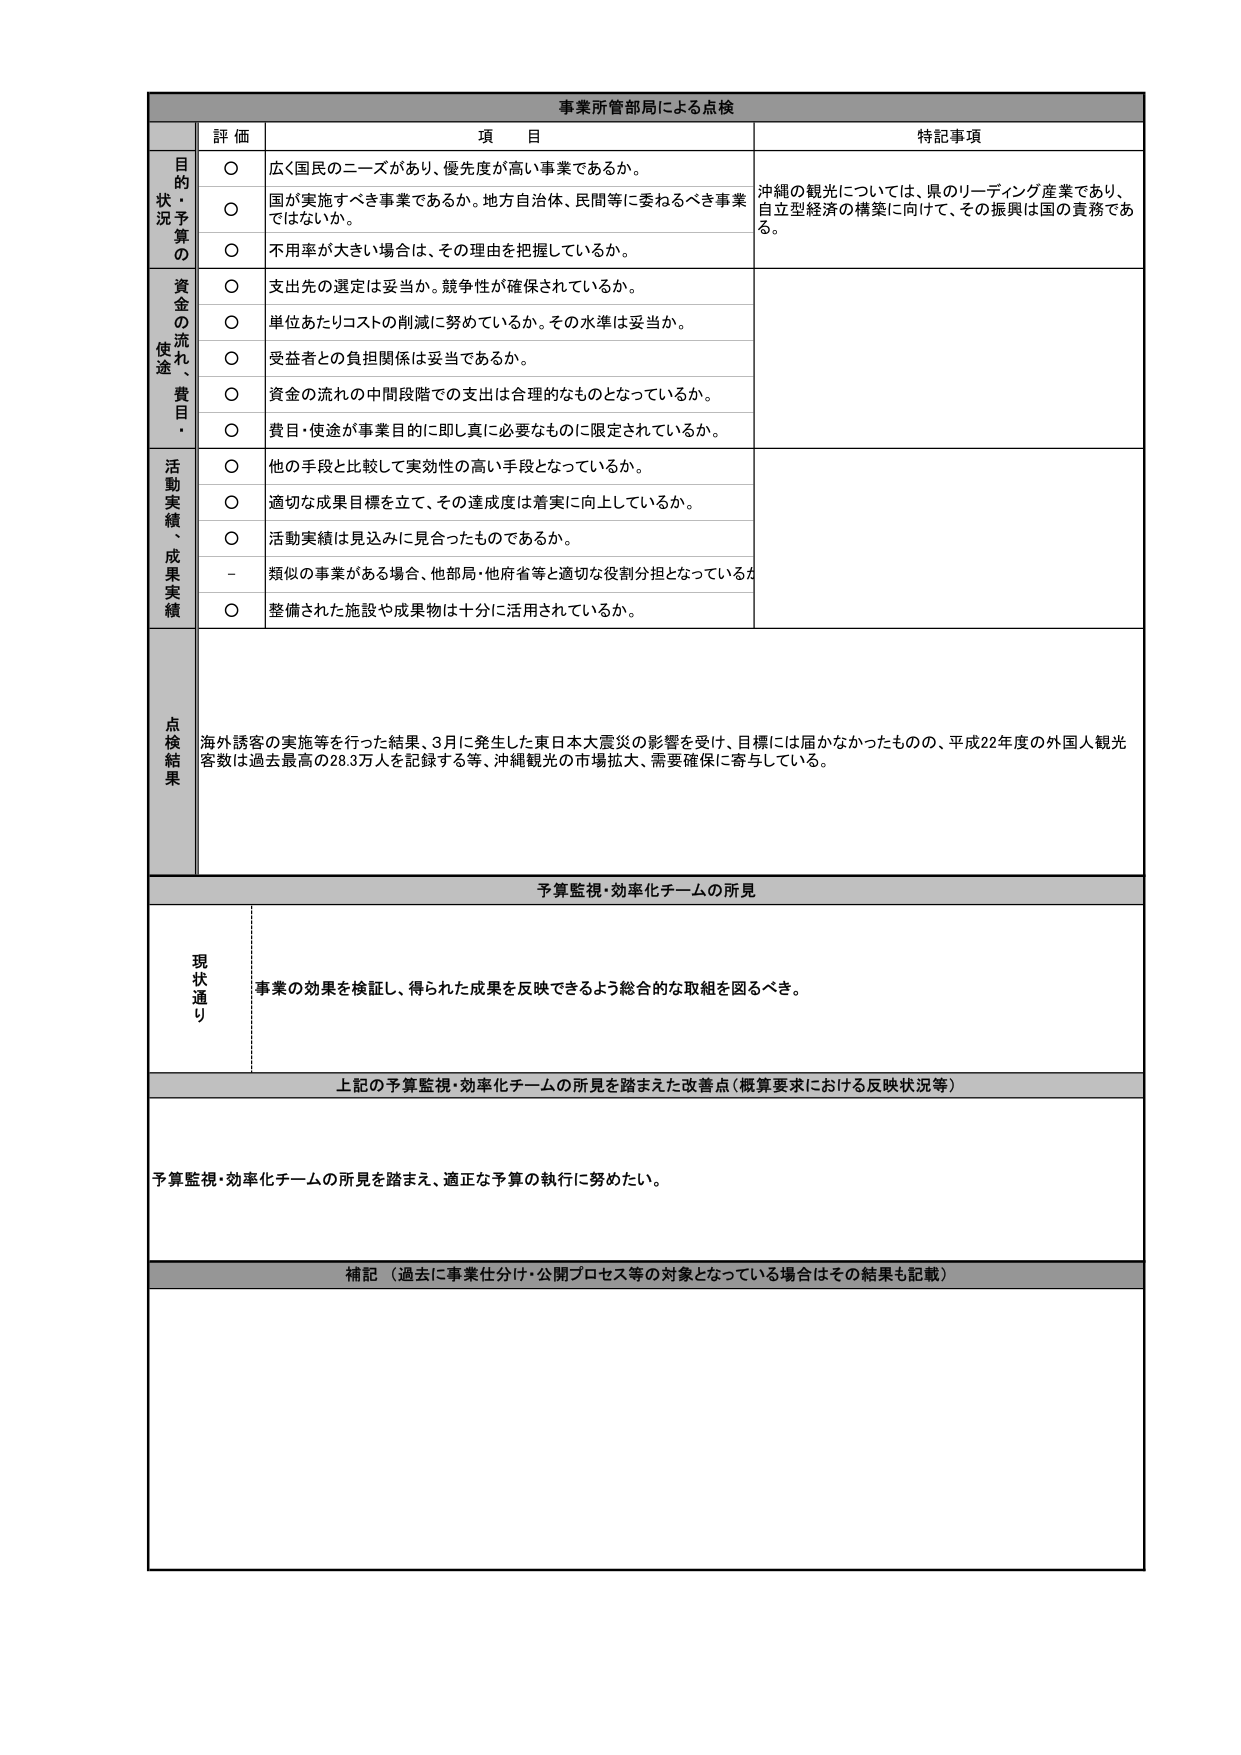
事業所管部局による点検

評価 項目 特記事項

目的状況予算の
○ 広く国民のニーズがあり、優先度が高い事業であるか。
○ 国が実施すべき事業であるか。地方自治体、民間等に委ねるべき事業ではないか。
○ 不用率が大きい場合は、その理由を把握しているか。
沖縄の観光については、県のリーディング産業であり、自立型経済の構築に向けて、その振興は国の責務である。

資金の流れ、使途、費目・
○ 支出先の選定は妥当か。競争性が確保されているか。
○ 単位あたりコストの削減に努めているか。その水準は妥当か。
○ 受益者との負担関係は妥当であるか。
○ 資金の流れの中間段階での支出は合理的なものとなっているか。
○ 費目・使途が事業目的に即し真に必要なものに限定されているか。

活動実績、成果実績
○ 他の手段と比較して実効性の高い手段となっているか。
○ 適切な成果目標を立て、その達成度は着実に向上しているか。
○ 活動実績は見込みに見合ったものであるか。
- 類似の事業がある場合、他部局・他府省等と適切な役割分担となっているか。
○ 整備された施設や成果物は十分に活用されているか。

点検結果
海外誘客の実施等を行った結果、3月に発生した東日本大震災の影響を受け、目標には届かなかったものの、平成22年度の外国人観光客数は過去最高の28.3万人を記録する等、沖縄観光の市場拡大、需要確保に寄与している。

予算監視・効率化チームの所見

現状通り
事業の効果を検証し、得られた成果を反映できるよう総合的な取組を図るべき。

上記の予算監視・効率化チームの所見を踏まえた改善点（概算要求における反映状況等）

予算監視・効率化チームの所見を踏まえ、適正な予算の執行に努めたい。

補記（過去に事業仕分け・公開プロセス等の対象となっている場合はその結果も記載）